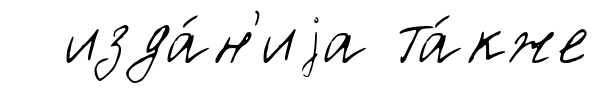
изда́н'иjа та́кже